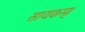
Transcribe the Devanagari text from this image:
सायकम्।